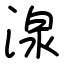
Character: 湶